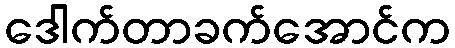
ဒေါက်တာခက်အောင်က